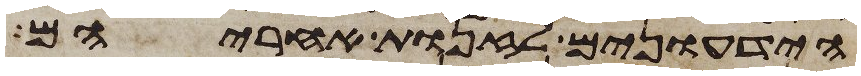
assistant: הידעונים לזנות אחריהם